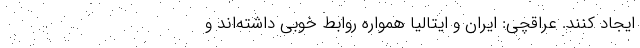
ایجاد کنند. عراقچی: ایران و ایتالیا همواره روابط خوبی داشته‌اند و